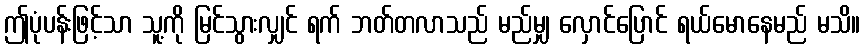
ဤပုံပန်းဖြင့်သာ သူ့ကို မြင်သွားလျှင် ရက် ဘတ်တလာသည် မည်မျှ လှောင်ပြောင် ရယ်မောနေမည် မသိ။